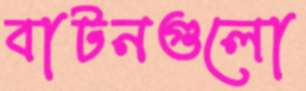
বাটনগুলো